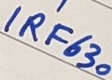
Text: IRF630